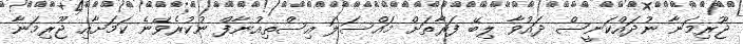
ޖޫރިމަނާ ނުދައްކަނީސް ދައުވާ ލިބޭ ފަރާތަށް މައްސަލަ އިސްތިއުނާފް ނުކުރެވޭނެ ކަމަށާއި ޖޫރިމަނާ